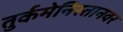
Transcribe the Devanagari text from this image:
तुर्कमेनिस्तानवर